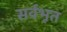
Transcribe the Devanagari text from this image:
सर्वभूत